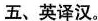
五、英译汉。